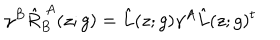
LaTeX: \gamma ^ { B } \hat { R } _ { B } ^ { ~ A } ( z ; g ) = \hat { L } ( z ; g ) \gamma ^ { A } \hat { L } ( z ; g ) ^ { t }